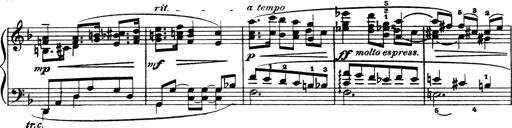
Title: 4 Sonatines
Composer: Max Reger